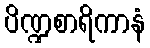
ပိဏ္ဍစာရိကာနံ